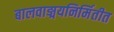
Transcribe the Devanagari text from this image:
बालवाङ्मयनिर्मितीत